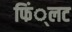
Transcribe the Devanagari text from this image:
फिं्लट